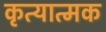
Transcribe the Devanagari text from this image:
कृत्यात्मक